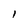
Character: l